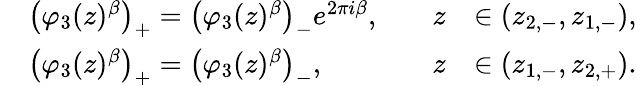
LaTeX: \begin{array}{rlrl}&{\left(\varphi_{3}(z)^{{\beta}}\right)_{+}=\left(\varphi_{3}(z)^{{\beta}}\right)_{-}e^{2\pi i{\beta}},\quad}&{z}&{\in(z_{2,-},z_{1,-}),}\\ &{\left(\varphi_{3}(z)^{{\beta}}\right)_{+}=\left(\varphi_{3}(z)^{{\beta}}\right)_{-},\quad}&{z}&{\in(z_{1,-},z_{2,+}).}\end{array}